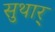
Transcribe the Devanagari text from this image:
सुथार्